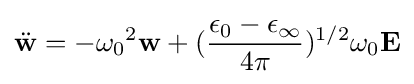
{\ddot {\mathbf {w} }}=-{\omega _{0}}^{2}\mathbf {w} +({\frac {\epsilon _{0}-\epsilon _{\infty }}{4\pi }})^{1/2}\omega _{0}\mathbf {E}